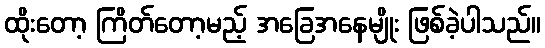
ထိုးတော့ ကြိတ်တော့မည့် အခြေအနေမျိုး ဖြစ်ခဲ့ပါသည်။